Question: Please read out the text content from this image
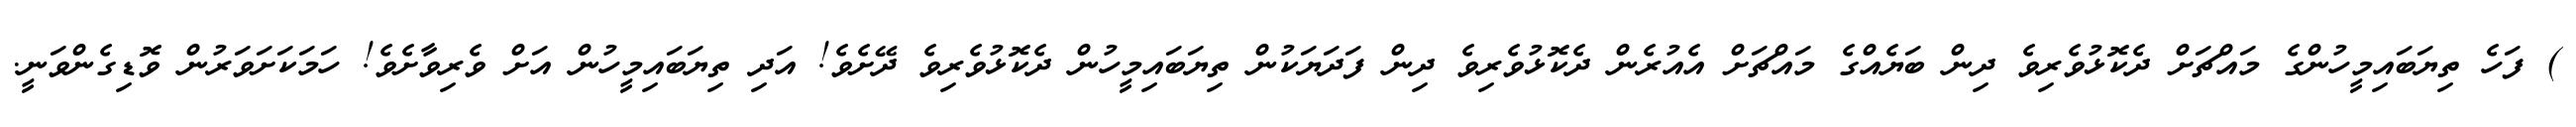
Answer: ) ފަހެ ތިޔަބައިމީހުންގެ މައްޗަށް ދެކޮޅުވެރިވެ ދިން ބަޔެއްގެ މައްޗަށް އެއުރެން ދެކޮޅުވެރިވެ ދިން ފަދަޔަކުން ތިޔަބައިމީހުން ދެކޮޅުވެރިވެ ދޭށެވެ! އަދި ތިޔަބައިމީހުން އަށް ވެރިވާށެވެ! ހަމަކަށަވަރުން ވޮޑިގެންވަނީ.